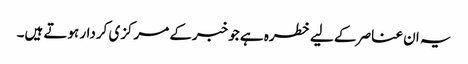
یہ ان عناصر کے لیے خطرہ ہے جو خبرکے مرکزی کردار ہوتے ہیں۔